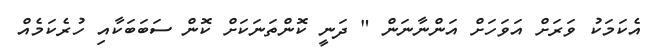
އެކަމަކު ވަރަށް އަވަހަށް އަންނާނަން " ދަނީ ކޮންތަނަކަށް ކޮން ސަބަބަކާއި ހުރެކަމެއް